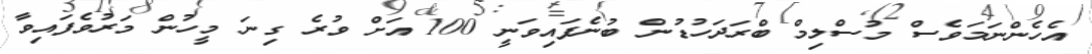
އެހެންނަމަވެސް މުސްލިމް ބްރަދަހުޑުން ބުނެފައިވަނީ 100 އަށް ވުރެ ގިނަ މީހުން މަރުވެފައިވާ